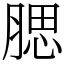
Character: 腮